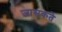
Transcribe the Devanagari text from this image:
जासकते